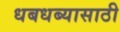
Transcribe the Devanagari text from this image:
धबधब्यासाठी